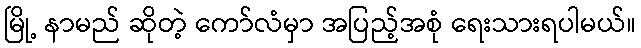
မြို့ နာမည် ဆိုတဲ့ ကော်လံမှာ အပြည့်အစုံ ရေးသားရပါမယ်။